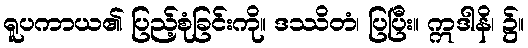
ရူပကာယ၏ ပြည့်စုံခြင်းကို။ ဒဿိတံ၊ ပြပြီး။ ဣဒါနိ၊ ၌။